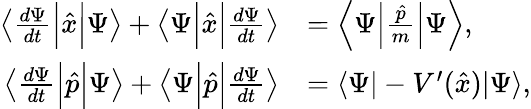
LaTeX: {\begin{array}{rl}{\left\langle{\frac{d\Psi}{dt}}{\Big|}{\hat{x}}{\Big|}\Psi\right\rangle+\left\langle\Psi{\Big|}{\hat{x}}{\Big|}{\frac{d\Psi}{dt}}\right\rangle}&{=\left\langle\Psi{\Big|}{\frac{\hat{p}}{m}}{\Big|}\Psi\right\rangle,}\\ {\left\langle{\frac{d\Psi}{dt}}{\Big|}{\hat{p}}{\Big|}\Psi\right\rangle+\left\langle\Psi{\Big|}{\hat{p}}{\Big|}{\frac{d\Psi}{dt}}\right\rangle}&{=\langle\Psi|-V^{\prime}({\hat{x}})|\Psi\rangle,}\end{array}}